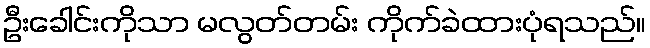
ဦးခေါင်းကိုသာ မလွတ်တမ်း ကိုက်ခဲထားပုံရသည်။